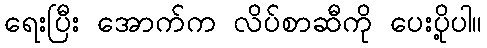
ရေးပြီး အောက်က လိပ်စာဆီကို ပေးပို့ပါ။